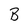
Character: B